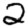
Digit: 2